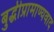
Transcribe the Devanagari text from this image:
बुद्धीप्रामाण्यवाद